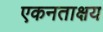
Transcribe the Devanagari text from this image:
एकनताक्षय